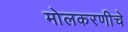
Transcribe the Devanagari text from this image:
मोलकरणीचे